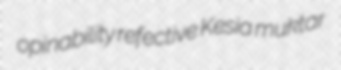
opinability refective Kesia muktar